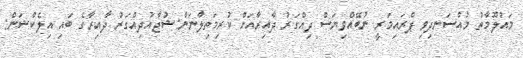
މައުލޫމާތު މުއްސަނދިވި ޕްރައިމަރީ ނުބޭއްވިޔަސް ދިއްގަރު ދާއިރާއަށް ކުރިމަތިލާނަން:ޝުޖާއުދިއްގަރު ދާއިރާގެ ބައި އިލެކްޝަން: